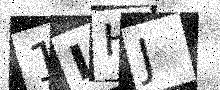
Text: 1IHJ